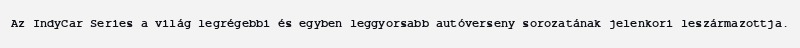
Az IndyCar Series a világ legrégebbi és egyben leggyorsabb autóverseny sorozatának jelenkori leszármazottja.